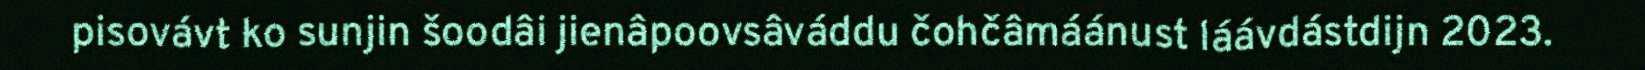
pisovávt ko sunjin šoodâi jienâpoovsâváddu čohčâmáánust láávdástdijn 2023.